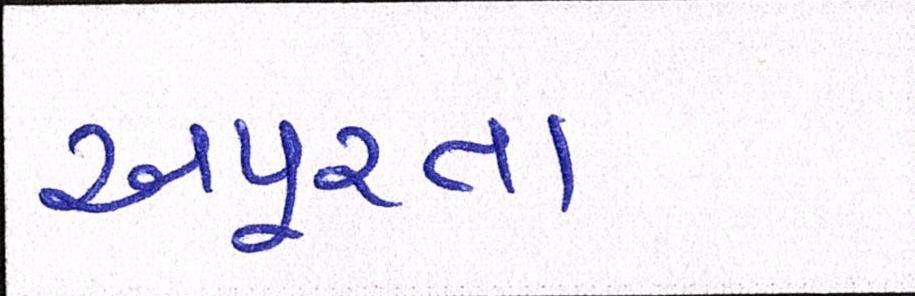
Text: અપૂરતા